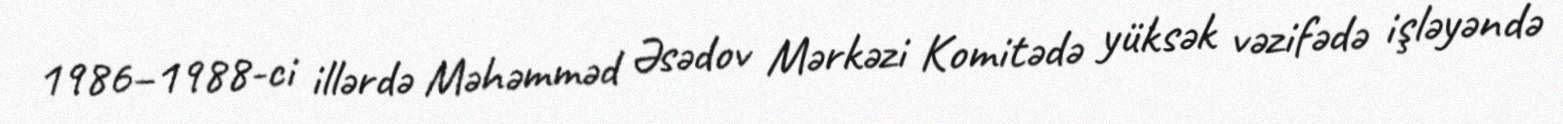
1986–1988-ci illərdə Məhəmməd Əsədov Mərkəzi Komitədə yüksək vəzifədə işləyəndə